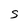
Character: S